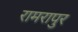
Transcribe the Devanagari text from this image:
रामरापुर